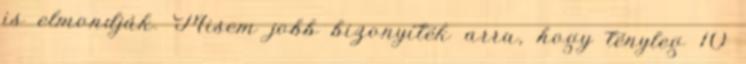
is elmondják. Misem jobb bizonyíték arra, hogy tényleg 10